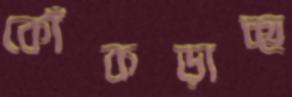
কোঁকড়াচ্ছ